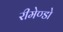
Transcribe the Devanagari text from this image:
रीमेण्डो